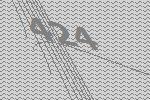
424